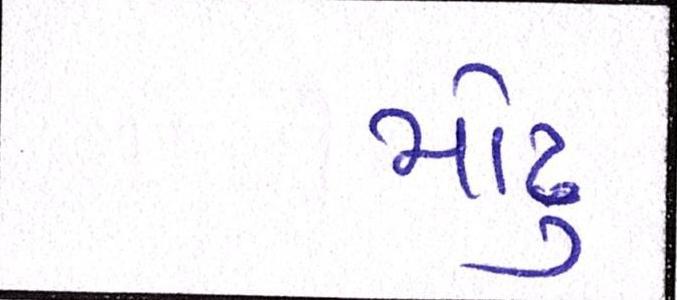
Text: મોઢુ